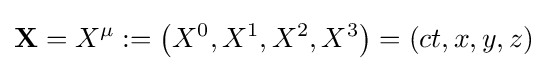
\mathbf {X} =X^{\mu }:=\left(X^{0},X^{1},X^{2},X^{3}\right)=\left(ct,x,y,z\right)